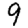
Digit: 9